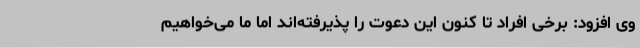
وی افزود: برخی افراد تا کنون این دعوت را پذیرفته‌اند اما ما می‌خواهیم